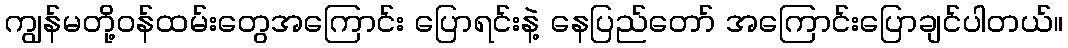
ကျွန်မတို့ဝန်ထမ်းတွေအကြောင်း ပြောရင်းနဲ့ နေပြည်တော် အကြောင်းပြောချင်ပါတယ်။